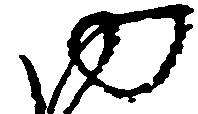
ゆ